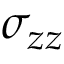
\sigma _ { z z }